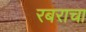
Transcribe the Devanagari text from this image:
रबराचा